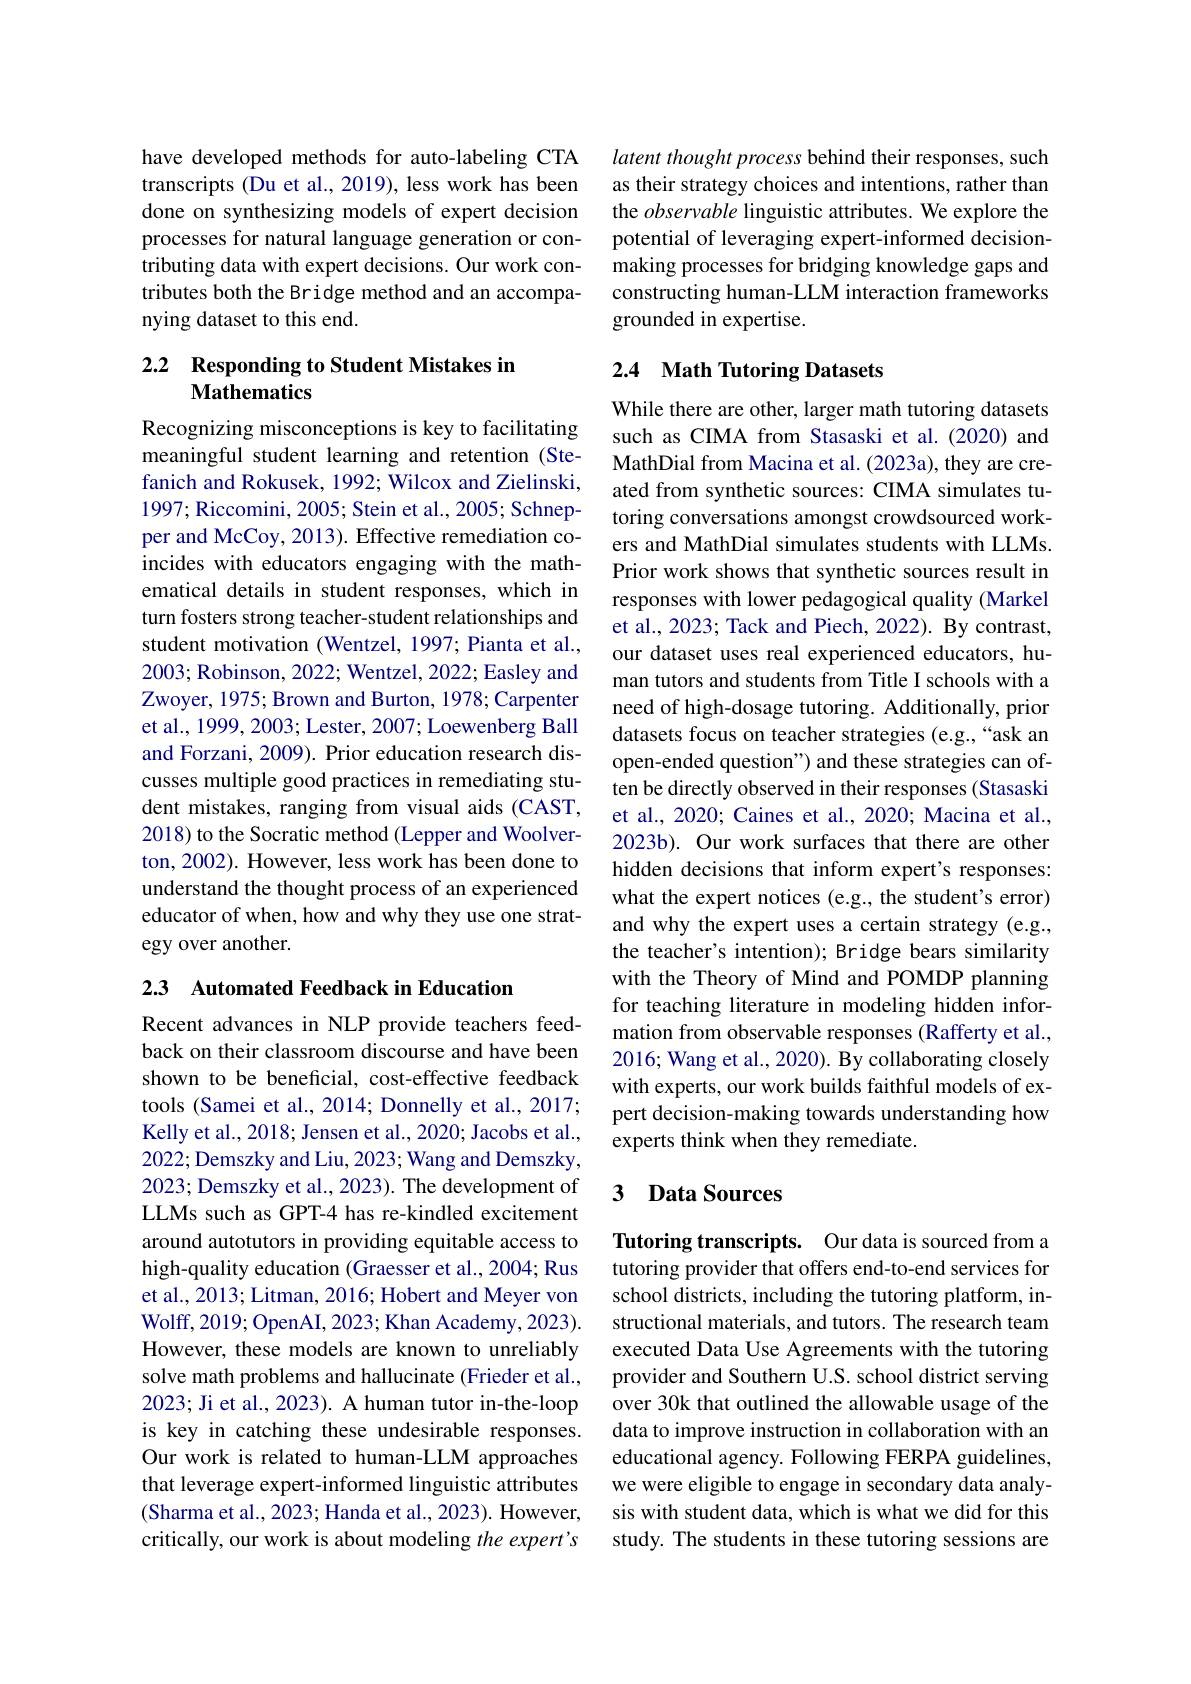
have developed methods for auto-labeling CTA transcripts (Du et al., 2019), less work has been done on synthesizing models of expert decision processes for natural language generation or contributing data with expert decisions. Our work contributes both the Bridge method and an accompanying dataset to this end.

## 2.2 Responding to Student Mistakes in Mathematics

Recognizing misconceptions is key to facilitating meaningful student learning and retention (Stefanich and Rokusek, 1992; Wilcox and Zielinski, 1997; Riccomini, 2005; Stein et al., 2005; Schnepper and McCoy, 2013). Effective remediation coincides with educators engaging with the mathematical details in student responses, which in turn fosters strong teacher-student relationships and student motivation (Wentzel, 1997; Pianta et al., 2003; Robinson, 2022; Wentzel, 2022; Easley and Zwoyer, 1975; Brown and Burton, 1978; Carpenter et al., 1999, 2003; Lester, 2007; Loewenberg Ball and Forzani, 2009). Prior education research discusses multiple good practices in remediating student mistakes, ranging from visual aids (CAST, 2018) to the Socratic method (Lepper and Woolverton, 2002). However, less work has been done to understand the thought process of an experienced educator of when, how and why they use one strategy over another.

2.3 Automated Feedback in Education

Recent advances in NLP provide teachers feedback on their classroom discourse and have been shown to be beneficial, cost-effective feedback tools (Samei et al., 2014; Donnelly et al., 2017; Kelly et al., 2018; Jensen et al., 2020; Jacobs et al., 2022; Demszky and Liu, 2023; Wang and Demszky, 2023; Demszky et al., 2023). The development of LLMs such as GPT-4 has re-kindled excitement around autotutors in providing equitable access to high-quality education (Graesser et al., 2004; Rus et al., 2013; Litman, 2016; Hobert and Meyer von Wolff, 2019; OpenAI, 2023; Khan Academy, 2023). However, these models are known to unreliably solve math problems and hallucinate (Frieder et al., 2023; Ji et al., 2023). A human tutor in-the-loop is key in catching these undesirable responses. Our work is related to human-LLM approaches that leverage expert-informed linguistic attributes (Sharma et al., 2023; Handa et al., 2023). However, critically, our work is about modeling the expert's

latent thought process behind their responses, such as their strategy choices and intentions, rather than the observable linguistic attributes. We explore the potential of leveraging expert-informed decisionmaking processes for bridging knowledge gaps and constructing human-LLM interaction frameworks grounded in expertise.

## 2.4 Math Tutoring Datasets

While there are other, larger math tutoring datasets such as CIMA from Stasaski et al.(2020) and MathDial from Macina et al. (2023a), they are created from synthetic sources: CIMA simulates tutoring conversations amongst crowdsourced workers and MathDial simulates students with LLMs. Prior work shows that synthetic sources result in responses with lower pedagogical quality (Markel et al., 2023; Tack and Piech, 2022). By contrast, our dataset uses real experienced educators, human tutors and students from Title I schools with a need of high-dosage tutoring. Additionally, prior datasets focus on teacher strategies (e.g.,“ask an open-ended question") and these strategies can often be directly observed in their responses (Stasaski et al., 2020; Caines et al., 2020; Macina et al., 2023b). Our work surfaces that there are other hidden decisions that inform expert's responses: what the expert notices (e.g., the student's error) and why the expert uses a certain strategy (e.g., the teacher's intention); Bridge bears similarity with the Theory of Mind and POMDP planning for teaching literature in modeling hidden information from observable responses (Rafferty et al., 2016; Wang et al., 2020). By collaborating closely with experts, our work builds faithful models of expert decision-making towards understanding how experts think when they remediate.

## 3 Data Sources

Tutoring transcripts. Our data is sourced from a tutoring provider that offers end-to-end services for school districts, including the tutoring platform, instructional materials, and tutors. The research team executed Data Use Agreements with the tutoring provider and Southern U.S. school district serving over 30k that outlined the allowable usage of the data to improve instruction in collaboration with an educational agency. Following FERPA guidelines, we were eligible to engage in secondary data analysis with student data, which is what we did for this study. The students in these tutoring sessions are